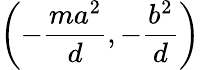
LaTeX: \left(-{\frac{ma^{2}}{d}},-{\frac{b^{2}}{d}}\right)